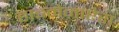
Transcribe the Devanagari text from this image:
हाइमेनाप्टेरा